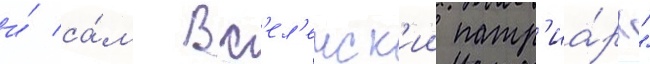
и́ са́м вс'ел'енск'ии патр'иа́рх"